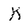
Character: k